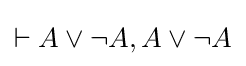
\vdash A\lor \lnot A,A\lor \lnot A